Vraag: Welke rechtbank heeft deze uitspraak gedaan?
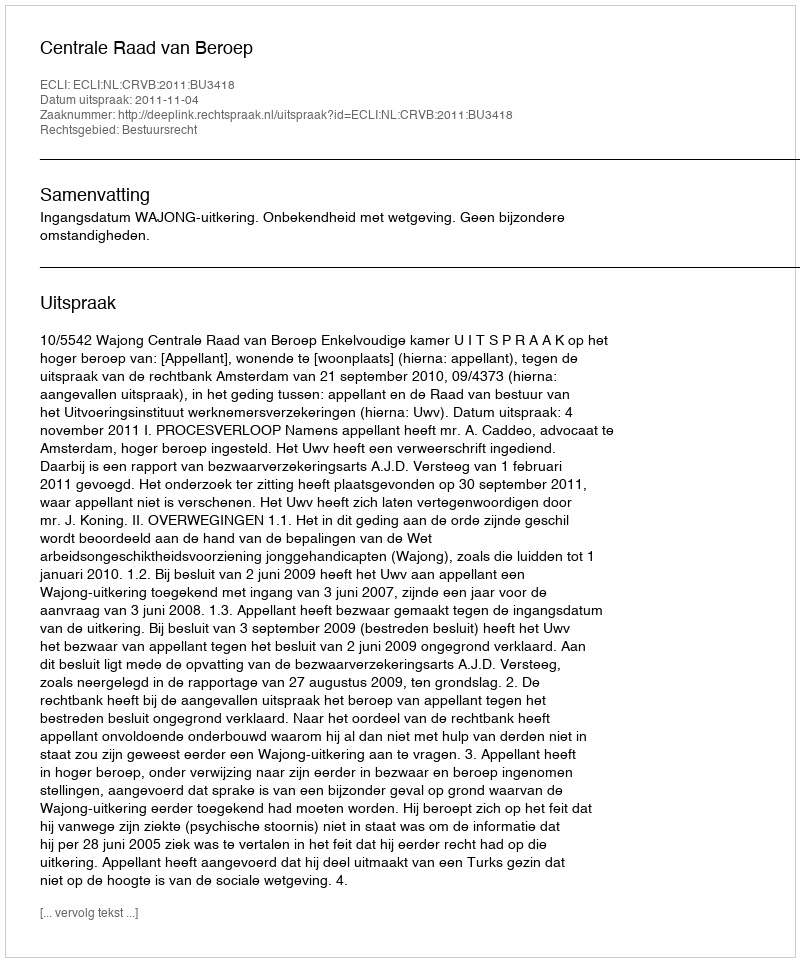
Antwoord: Centrale Raad van Beroep